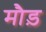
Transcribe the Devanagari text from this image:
मौड़